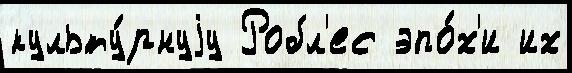
культу́рнуjу Робл'ес эпо́х'и их